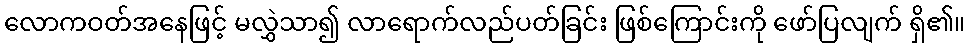
လောကဝတ်အနေဖြင့် မလွှဲသာ၍ လာရောက်လည်ပတ်ခြင်း ဖြစ်ကြောင်းကို ဖော်ပြလျက် ရှိ၏။